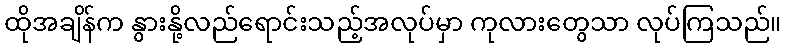
ထိုအချိန်က နွားနို့လည်ရောင်းသည့်အလုပ်မှာ ကုလားတွေသာ လုပ်ကြသည်။